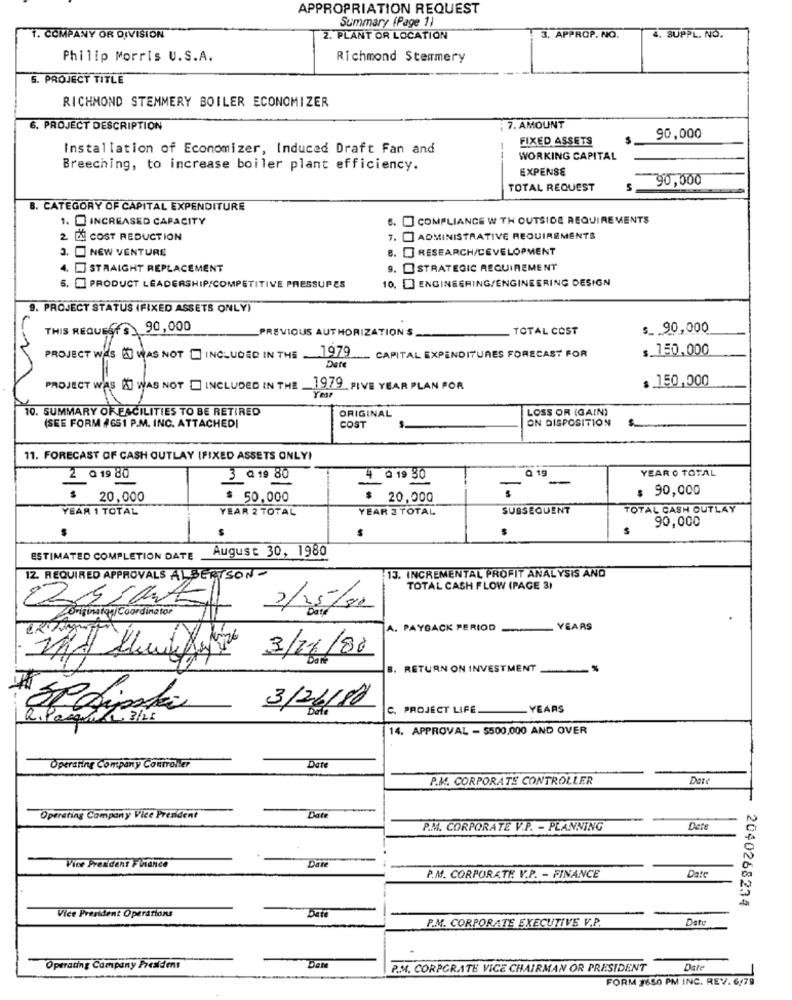
APPROPRIATION REQUEST
Summary (Page 1)
1. COMPANY OR DIVISION
2. PLANT OR LOCATION
3. APPROP. NO.
4. SUPPL. NO.
Philip Morris U.S.A.
Richmond Stemmery
5. PROJECT TITLE
RICHMOND STEMMERY BOILER ECONOMIZER
6. PROJECT DESCRIPTION
: 7. AMOUNT
FIXED ASSETS
90,000
Installation of Economizer, Induced Draft Fan and
WORKING CAPITAL
Breeching, to increase boiler plant efficiency.
EXPENSE
90,000
TOTAL REQUEST
8. CATEGORY OF CAPITAL EXPENDITURE
1. INCREASED CAPACITY
.] COMPLIANCE W TH OUTSIDE REQUIREMENTS
2 DL COST REDUCTION
7. [ ADMINISTRATIVE REQUIREMENTS
3. NEW VENTURE
8. [] RESEARCH/DEVELOPMENT
4. STRAIGHT REPLACEMENT
9. STRATEGIC REQUIREMENT
10. 3 ENGINEERING/ENGINEERING DESIGN
. PRODUCT LEADERSHIP/COMPETITIVE PRESSUPES
9. PROJECT STATUS (FIXED ASSETS ONLY)
THIS REQUEST$_ 90,000
PREVIOUS AUTHORIZATION S
TOTAL COST
$ _. 90,000
1979
$.150,000
PROJECT WAS HI WAS NOT INCLUDED IN THE
Date
CAPITAL EXPENDITURES FORECAST FOR
150,000
PROJECT WAS A] WAS NOT INCLUDED IN THE
1979 FIVE YEAR PLAN FOR
10. SUMMARY ORFACILITIES TO BE RETIRED
ORIGINAL
LOSS OR (GAIN)
(SEE FORM #651 P.M. INC. ATTACHEDI
ON DISPOSITION
COST
11. FORECAST OF CASH OUTLAY (FIXED ASSETS ONLY)
Q 19
YEAR O TOTAL
2 @ 19 80
3 Q 19 80
4 @ 19 30
-
$ 90,000
: 20,000
* 50,000
$ 20,000
YEAR 1 TOTAL
YEAR 2 TOTAL
YEAR 3 TOTAL
SUBSEQUENT
TOTAL CASH OUTLAY
90,000
August 30, 1980
ESTIMATED COMPLETION DATE
12 REQUIRED APPROVALS ALBERTSON
13. INCREMENTAL PROFIT ANALYSIS AND
TOTAL CASH FLOW (PAGE 3)
Origination Coordinator
2/25/20
A. PAYBACK PERIOD
YEARS
3/11/80
B. RETURN ON INVESTMENT
3/26/80
C. PROJECT LIFE.
YEARS
R. Paquete. 3/28
14. APPROVAL - 5500,000 AND OVER
Operating Company Controller
Date
P.M. CORPORATE CONTROLLER
Der
Date
Operating Company Vice President
P.M. CORPORATE V.P. - PLANNING
Dete
Date
Vice President Finance
P.M. CORPORATE V.P. - FINANCE
Date
Vice President Operations
2040268234
P.M. CORPORATE EXECUTIVE V.P.
Date
Operating Company President
Date
P.M. CORPORATE VICE CHAIRMAN OR PRESIDENT
Date
FORM 1650 PM INC. REV. 6/79